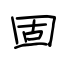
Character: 固